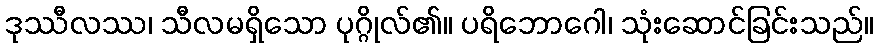
ဒုဿီလဿ၊ သီလမရှိသော ပုဂ္ဂိုလ်၏။ ပရိဘောဂေါ၊ သုံးဆောင်ခြင်းသည်။